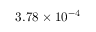
3 . 7 8 \times 1 0 ^ { - 4 }